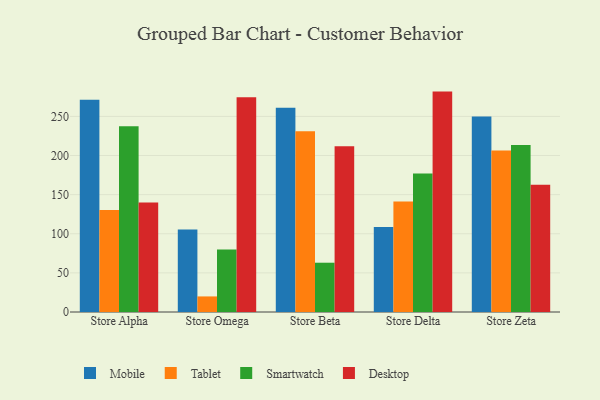
{"axis": {"x": "Store", "y": "Revenue (USD Million)"}, "legend": ["Desktop", "Mobile", "Smartwatch", "Tablet"], "data": [{"x": "Store Alpha", "y": 271.2, "type": "Mobile"}, {"x": "Store Alpha", "y": 130.3, "type": "Tablet"}, {"x": "Store Alpha", "y": 237.5, "type": "Smartwatch"}, {"x": "Store Alpha", "y": 140.1, "type": "Desktop"}, {"x": "Store Omega", "y": 105.3, "type": "Mobile"}, {"x": "Store Omega", "y": 19.9, "type": "Tablet"}, {"x": "Store Omega", "y": 79.8, "type": "Smartwatch"}, {"x": "Store Omega", "y": 274.4, "type": "Desktop"}, {"x": "Store Beta", "y": 261.1, "type": "Mobile"}, {"x": "Store Beta", "y": 230.9, "type": "Tablet"}, {"x": "Store Beta", "y": 63.0, "type": "Smartwatch"}, {"x": "Store Beta", "y": 212.0, "type": "Desktop"}, {"x": "Store Delta", "y": 108.7, "type": "Mobile"}, {"x": "Store Delta", "y": 141.3, "type": "Tablet"}, {"x": "Store Delta", "y": 177.1, "type": "Smartwatch"}, {"x": "Store Delta", "y": 281.7, "type": "Desktop"}, {"x": "Store Zeta", "y": 249.8, "type": "Mobile"}, {"x": "Store Zeta", "y": 206.3, "type": "Tablet"}, {"x": "Store Zeta", "y": 213.5, "type": "Smartwatch"}, {"x": "Store Zeta", "y": 162.7, "type": "Desktop"}]}